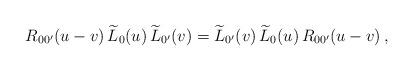
LaTeX: \begin{align*}R_{0 0'}(u-v) \, \widetilde{L}_0(u) \, \widetilde{L}_{0'}(v) = \widetilde{L}_{0'}(v) \, \widetilde{L}_0(u) \, R_{0 0'}(u - v) \, ,\end{align*}